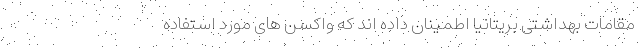
مقامات بهداشتی بریتانیا اطمینان داده اند که واکسن های مورد استفاده